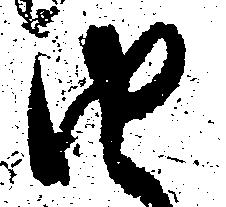
由